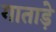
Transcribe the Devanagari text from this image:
गाताड़े